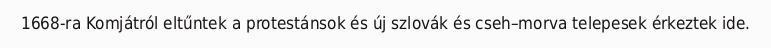
1668-ra Komjátról eltűntek a protestánsok és új szlovák és cseh–morva telepesek érkeztek ide.